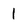
Character: 1